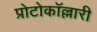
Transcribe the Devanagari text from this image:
प्रोटोकॉल्लारी